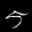
Label: 5